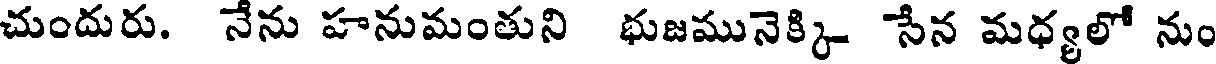
చుందురు. నేను హనుమంతుని భుజమునెక్కి సేన మధ్యలో నుం